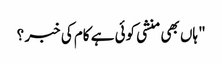
" ہاں بھی منشی کوئی ہے کام کی خبر ؟